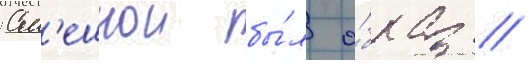
См'ешнои бы́л о́браз //